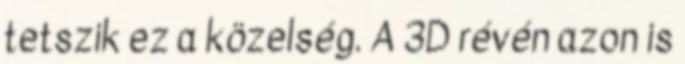
tetszik ez a közelség. A 3D révén azon is